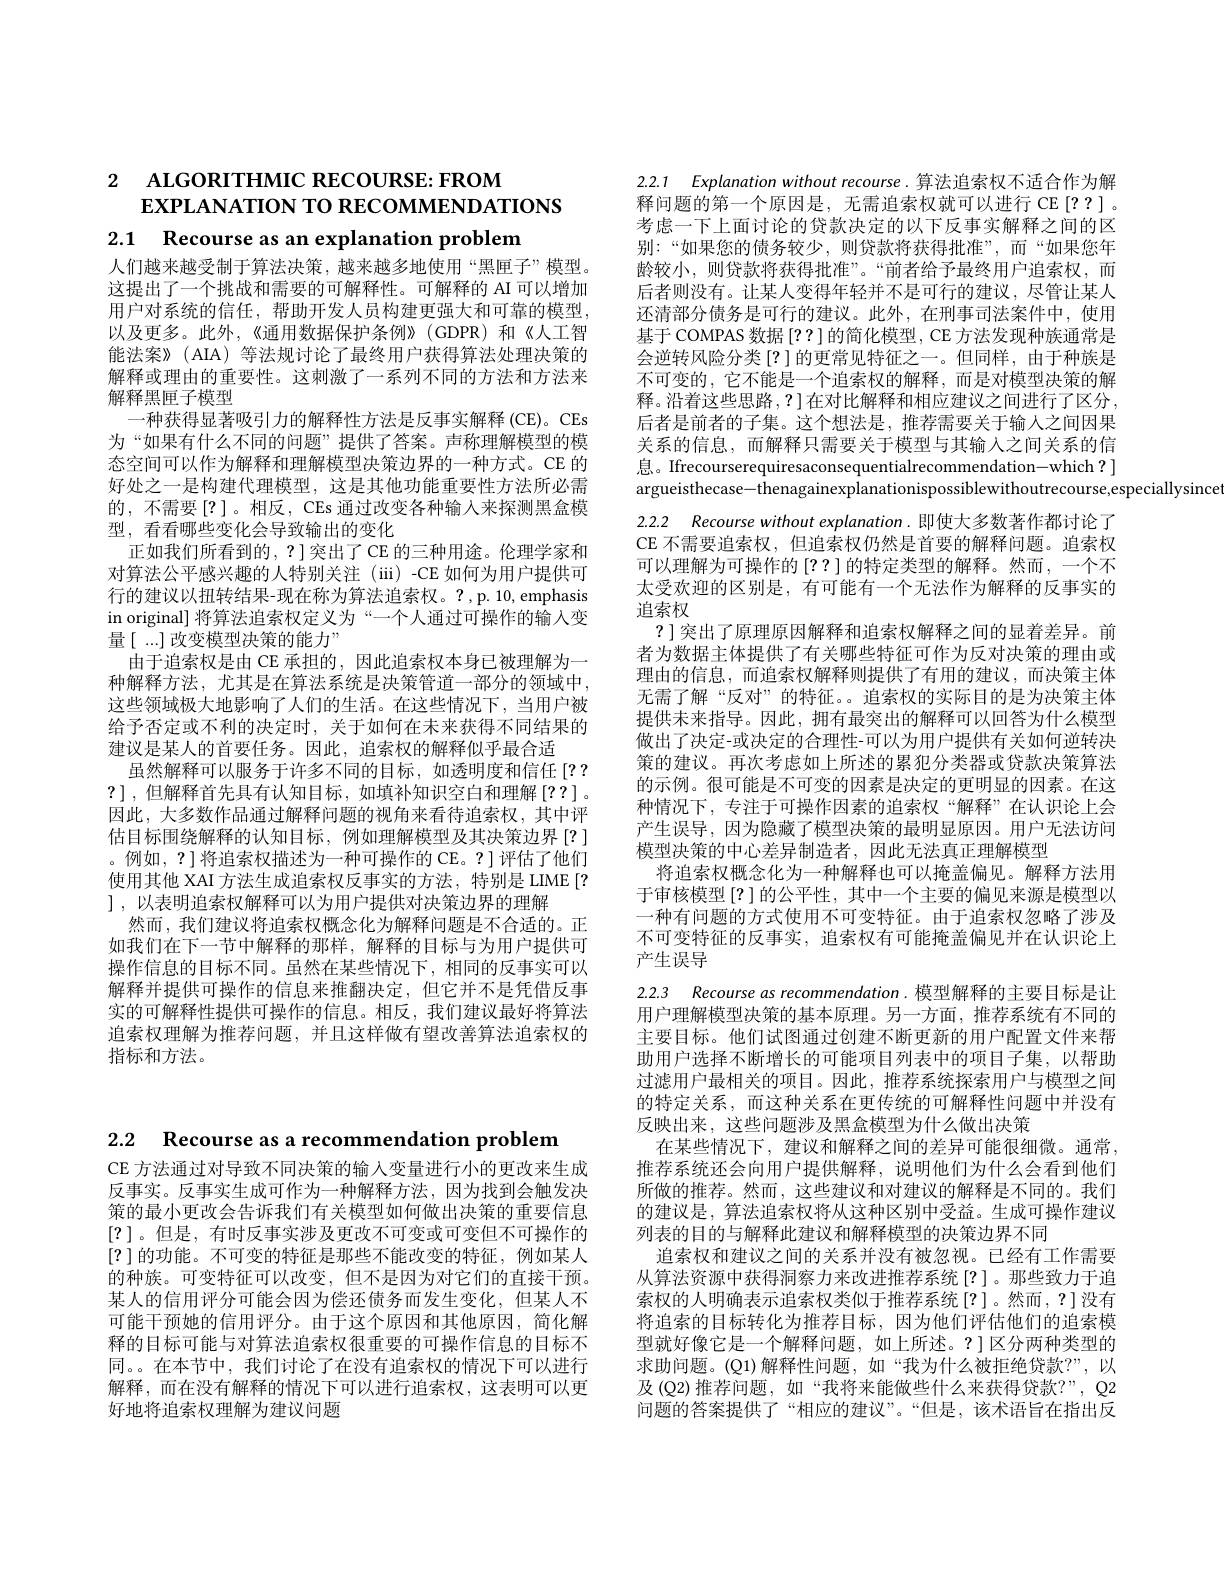
# 2 ALGORITHMIC RECOURSE: FROM $EXPLANATION$ TO RECOMMENDATIONS 2.1 Recourse as an explanation problem 人们越来越受制于算法决策，越来越多地使用“黑匣子”模型。

这提出了一个挑战和需要的可解释性。可解释的 AI 可以增加用户对系统的信任，帮助开发人员构建更强大和可靠的模型， 以及更多。此外，《通用数据保护条例》(GDPR)和《人工智能法案》(AIA)等法规讨论了最终用户获得算法处理决策的解释或理由的重要性。这刺激了一系列不同的方法和方法来解释黑匣子模型
一种获得显著吸引力的解释性方法是反事实解释 (CE)。CEs 为“如果有什么不同的问题”提供了答案。声称理解模型的模态空间可以作为解释和理解模型决策边界的一种方式。CE 的好处之一是构建代理模型，这是其他功能重要性方法所必需的，不需要[?]。相反，CEs 通过改变各种输入来探测黑盒模型，看看哪些变化会导致输出的变化
正如我们所看到的，?]突出了CE 的三种用途。伦理学家和对算法公平感兴趣的人特别关注(iii)-CE如何为用户提供可行的建议以扭转结果-现在称为算法追索权。?,p. 10, emphasis in original] 将算法追索权定义为“一个人通过可操作的输入变量[...]改变模型决策的能力”
由于追索权是由 CE 承担的，因此追索权本身已被理解为一种解释方法，尤其是在算法系统是决策管道一部分的领域中， 这些领域极大地影响了人们的生活。在这些情况下，当用户被给予否定或不利的决定时，关于如何在未来获得不同结果的建议是某人的首要任务。因此，追索权的解释似乎最合适
虽然解释可以服务于许多不同的目标，如透明度和信任[?? ?],但解释首先具有认知目标，如填补知识空白和理解[??]。因此，大多数作品通过解释问题的视角来看待追索权，其中评估目标围绕解释的认知目标，例如理解模型及其决策边界[?] 。例如，?] 将追索权描述为一种可操作的 CE。?] 评估了他们使用其他 XAI 方法生成追索权反事实的方法，特别是 LIME [? ],以表明追索权解释可以为用户提供对决策边界的理解
然而，我们建议将追索权概念化为解释问题是不合适的。正如我们在下一节中解释的那样，解释的目标与为用户提供可操作信息的目标不同。虽然在某些情况下，相同的反事实可以解释并提供可操作的信息来推翻决定，但它并不是凭借反事实的可解释性提供可操作的信息。相反，我们建议最好将算法追索权理解为推荐问题，并且这样做有望改善算法追索权的指标和方法。

2.2.1 Explanation without recourse. 算法追索权不适合作为解释问题的第一个原因是，无需追索权就可以进行 CE[??]。考虑一下上面讨论的贷款决定的以下反事实解释之间的区别：“如果您的债务较少，则贷款将获得批准”,而“如果您年龄较小，则贷款将获得批准”。“前者给予最终用户追索权，而后者则没有。让某人变得年轻并不是可行的建议，尽管让某人还清部分债务是可行的建议。此外，在刑事司法案件中，使用基于 COMPAS 数据[??]的简化模型，CE 方法发现种族通常是会逆转风险分类[?]的更常见特征之一。但同样，由于种族是不可变的，它不能是一个追索权的解释，而是对模型决策的解释。沿着这些思路，?]在对比解释和相应建议之间进行了区分， 后者是前者的子集。这个想法是，推荐需要关于输入之间因果关系的信息，而解释只需要关于模型与其输人之间关系的信息。Ifrecourserequiresaconsequentialrecommendation-which? ] argueisthecase-thenagainexplanationispossiblewithoutrecourse,especiallysince

2.2.2 Recourse without explanation.即使大多数著作都讨论了CE 不需要追索权，但追索权仍然是首要的解释问题。追索权可以理解为可操作的[??]的特定类型的解释。然而 ,一个不太受欢迎的区别是，有可能有一个无法作为解释的反事实的追索权
?]突出了原理原因解释和追索权解释之间的显着差异。前者为数据主体提供了有关哪些特征可作为反对决策的理由或理由的信息，而追索权解释则提供了有用的建议，而决策主体无需了解“反对”的特征。。追索权的实际目的是为决策主体提供未来指导。因此，拥有最突出的解释可以回答为什么模型做出了决定-或决定的合理性-可以为用户提供有关如何逆转决策的建议。再次考虑如上所述的累犯分类器或贷款决策算法的示例。很可能是不可变的因素是决定的更明显的因素。在这种情况下，专注于可操作因素的追索权“解释”在认识论上会产生误导，因为隐藏了模型决策的最明显原因。用户无法访问模型决策的中心差异制造者，因此无法真正理解模型
将追索权概念化为一种解释也可以掩盖偏见。解释方法用于审核模型[?]的公平性，其中一个主要的偏见来源是模型以一种有问题的方式使用不可变特征。由于追索权忽略了涉及不可变特征的反事实，追索权有可能掩盖偏见并在认识论上产生误导

2.2.3 Recourse as recommendation. 模型解释的主要目标是让用户理解模型决策的基本原理。另一方面，推荐系统有不同的主要目标。他们试图通过创建不断更新的用户配置文件来帮助用户选择不断增长的可能项目列表中的项目子集，以帮助过滤用户最相关的项目。因此，推荐系统探索用户与模型之间的特定关系，而这种关系在更传统的可解释性问题中并没有反映出来，这些问题涉及黑盒模型为什么做出决策
在某些情况下，建议和解释之间的差异可能很细微。通常， 推荐系统还会向用户提供解释，说明他们为什么会看到他们所做的推荐。然而，这些建议和对建议的解释是不同的。我们的建议是，算法追索权将从这种区别中受益。生成可操作建议列表的目的与解释此建议和解释模型的决策边界不同
追索权和建议之间的关系并没有被忽视。已经有工作需要从算法资源中获得洞察力来改进推荐系统[?]。那些致力于追索权的人明确表示追索权类似于推荐系统[?]。然而，?]没有将追索的目标转化为推荐目标，因为他们评估他们的追索模型就好像它是一个解释问题，如上所述。?]区分两种类型的求助问题。(Q1)解释性问题，如“我为什么被拒绝贷款？”,以及(Q2)推荐问题，如“我将来能做些什么来获得贷款？”, Q2问题的答案提供了“相应的建议”。“但是，该术语旨在指出反

2.2 Recourse as a recommendation problem

CE 方法通过对导致不同决策的输入变量进行小的更改来生成反事实。反事实生成可作为一种解释方法，因为找到会触发决策的最小更改会告诉我们有关模型如何做出决策的重要信息[?]。但是，有时反事实涉及更改不可变或可变但不可操作的[?]的功能。不可变的特征是那些不能改变的特征，例如某人的种族。可变特征可以改变，但不是因为对它们的直接干预。某人的信用评分可能会因为偿还债务而发生变化，但某人不可能干预她的信用评分。由于这个原因和其他原因，简化解释的目标可能与对算法追索权很重要的可操作信息的目标不同。。在本节中，我们讨论了在没有追索权的情况下可以进行解释，而在没有解释的情况下可以进行追索权，这表明可以更好地将追索权理解为建议问题